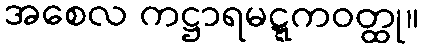
အစေလ ကဋ္ဌာရမဋ္ဋကဝတ္ထု။